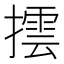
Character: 𢵆